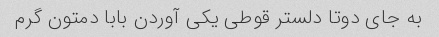
به جای دوتا‌ دلستر قوطی یکی آوردن بابا دمتون گرم